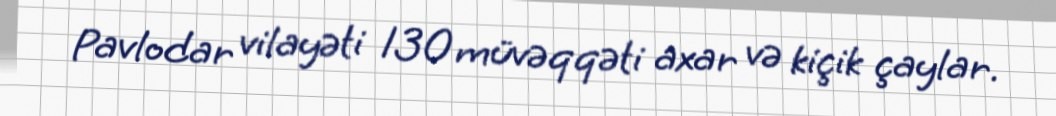
Pavlodar vilayəti 130 müvəqqəti axar və kiçik çaylar.